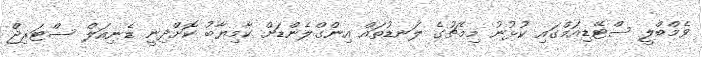
ވެމްބްލީ ސްޓޭޑިއަމްގައި ކުޅުނު މިމެޗުގެ ލަނޑުތައް އިންގްލެންޑަށް ކާމިޔާބު ކޮށްދިނީ ޑެނިއަލް ސްޓަރިޖް